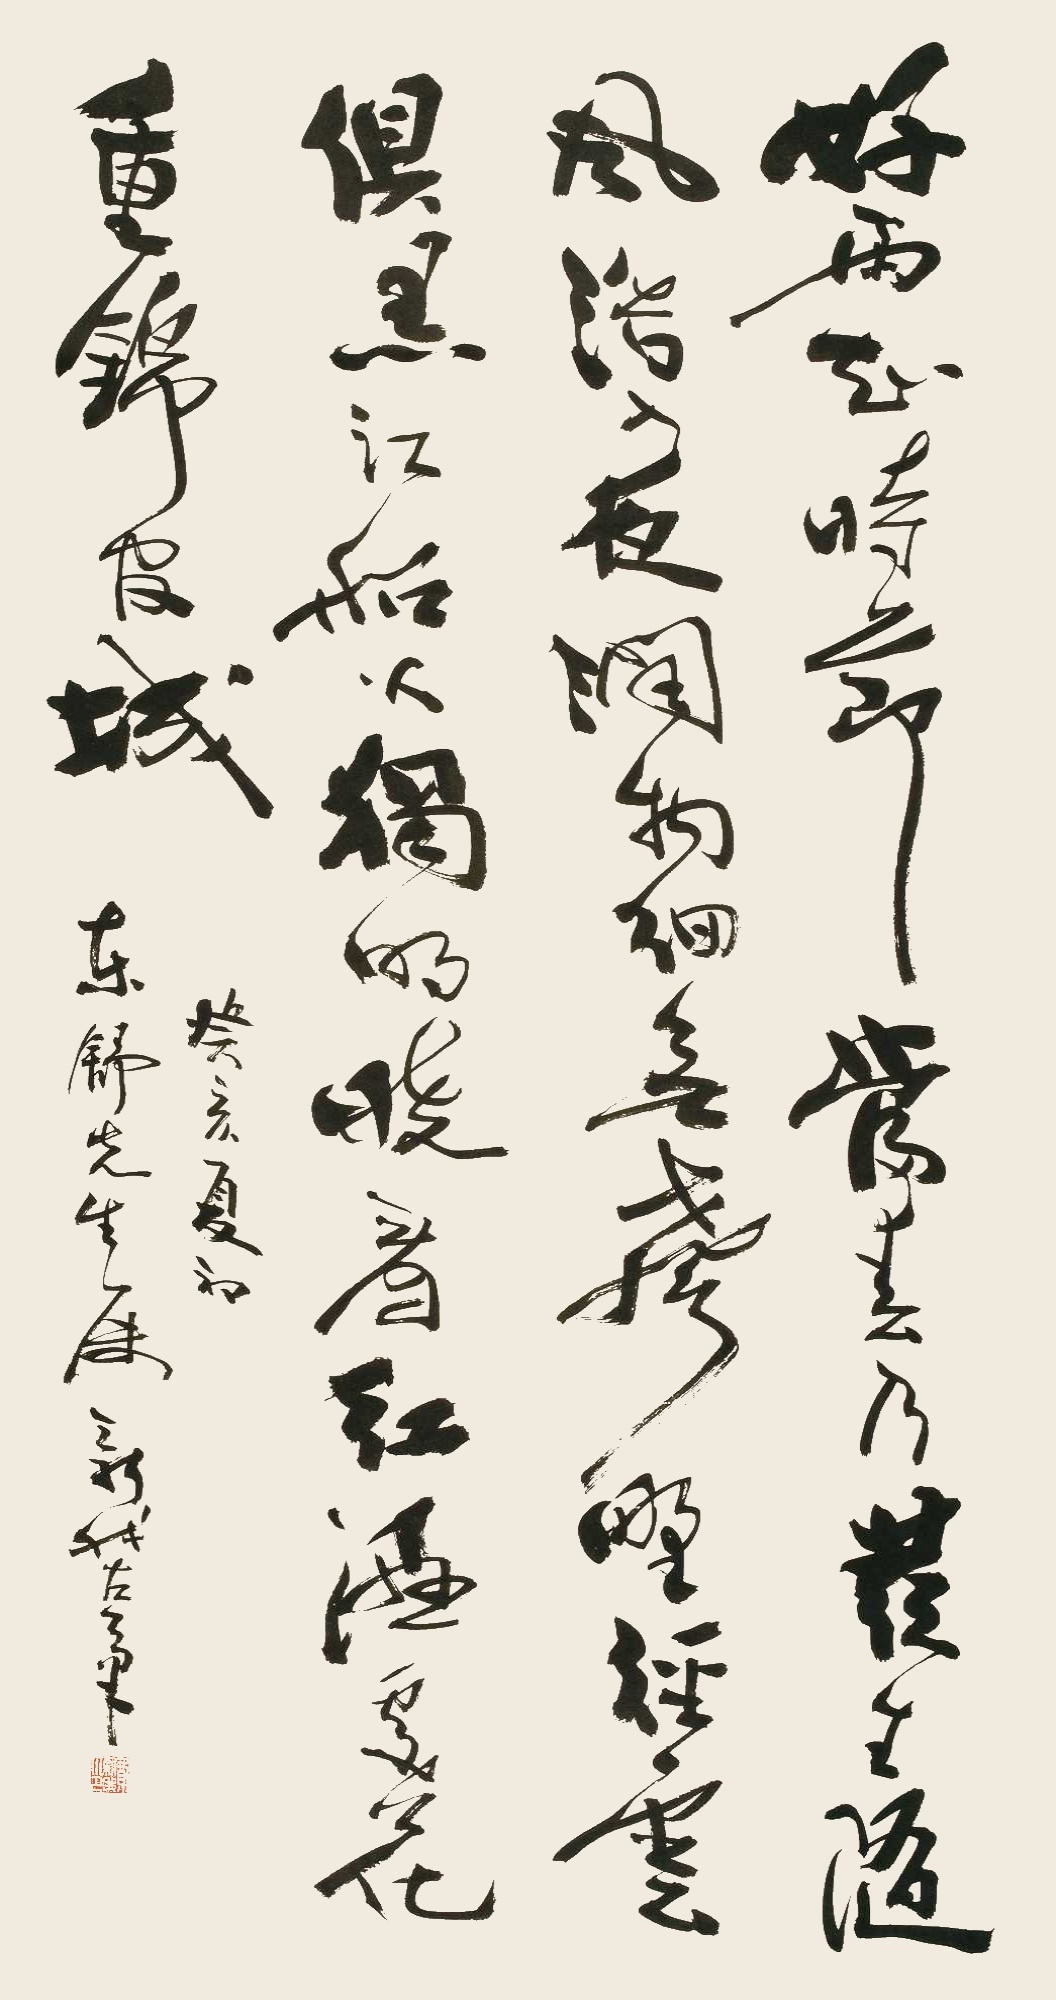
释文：好雨知时节，当春乃发生。随风潜入夜，润物细无声。野径云俱黑，江船火独明。晓看红湿处，花重锦官城。癸亥夏初，东舒先生属。新我左笔。